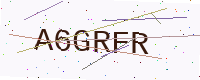
Text: A6GRFR